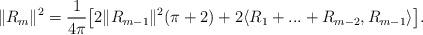
LaTeX: \begin{align*}\|R_m\|^2 = \frac{1}{4 \pi}\big[ 2 \| R_{m-1}\|^2 (\pi+2) +2\langle R_1 +...+R_{m-2}, R_{m-1}\rangle \big]. \end{align*}